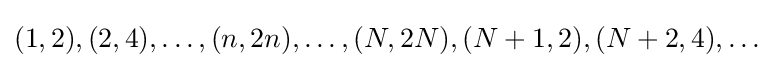
(1,2),(2,4),\dots ,(n,2n),\dots ,(N,2N),(N+1,2),(N+2,4),\dots